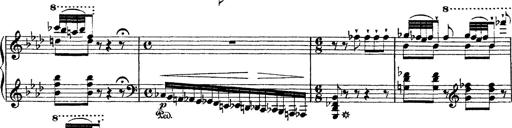
Title: Ã‰tudes d'exÃ©cution transcendante d'aprÃ¨s Paganini
Composer: Franz Liszt